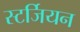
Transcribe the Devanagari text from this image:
स्टर्जियन